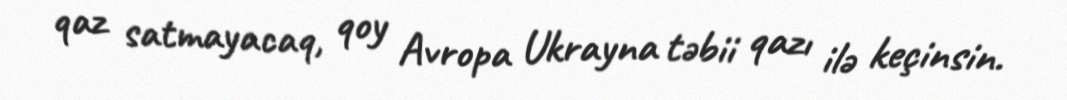
qaz satmayacaq, qoy Avropa Ukrayna təbii qazı ilə keçinsin.